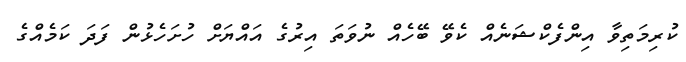
ކުރިމަތިވާ އިންފެކްޝަނެއް ކެވޭ ބޭހެއް ނުވަތަ އިރުގެ އައްޔަށް ހުށަހެޅުން ފަދަ ކަމެއްގެ